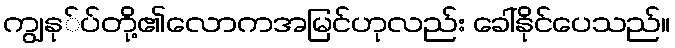
ကျွနု်ပ်တို့၏လောကအမြင်ဟုလည်း ခေါ်နိုင်ပေသည်။